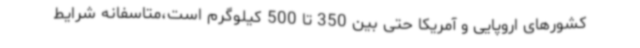
کشورهای اروپایی و آمریکا حتی بین 350 تا 500 کیلوگرم است،متاسفانه شرایط